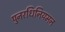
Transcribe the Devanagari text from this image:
पुनरधिनियमन